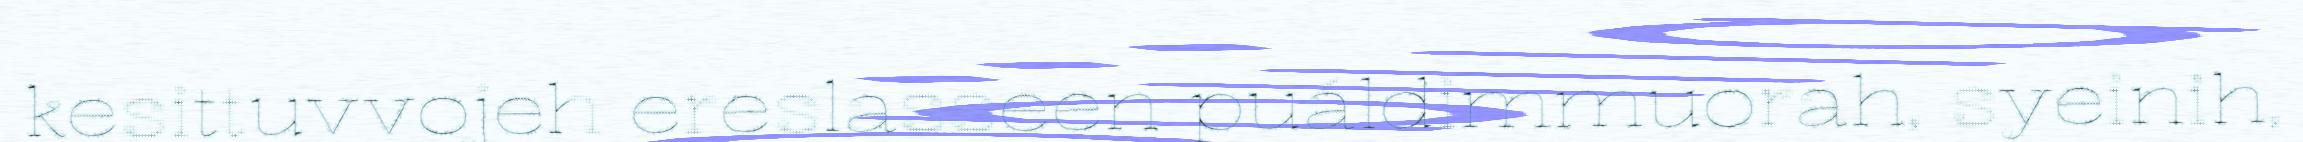
kesittuvvojeh ereslasseen puáldimmuorah, syeinih,